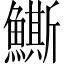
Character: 䲉